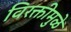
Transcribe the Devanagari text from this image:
विरक्तीमुळे